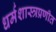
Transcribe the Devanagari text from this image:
धर्मशास्त्रप्रणीत